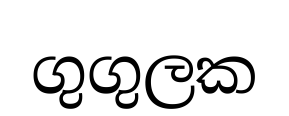
ගුගුලක